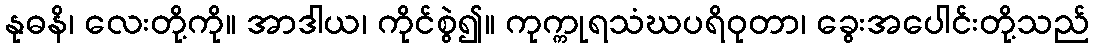
နုဓနိ၊ လေးတို့ကို။ အာဒါယ၊ ကိုင်စွဲ၍။ ကုက္ကုရသံဃပရိဝုတာ၊ ခွေးအပေါင်းတို့သည်